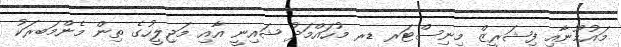
މައުމޫނާއި ފިޝަރީޒް މިނިސްޓަރ ޑރ މުހައްމަދު ޝައިނީ އާއި މަޖިލީހުގެ ތިން މެންމަބރަކު